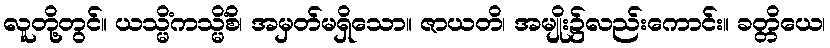
လူတို့တွင်။ ယသ္မိံကသ္မိံစိ၊ အမှတ်မရှိသော။ ဇာယတိ၊ အမျိုး၌လည်းကောင်း။ ခတ္တိယေ၊